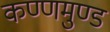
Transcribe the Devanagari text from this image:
कण्णमुण्ड